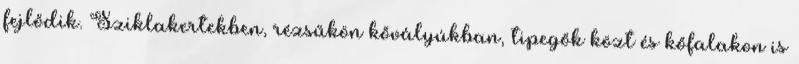
fejlődik. Sziklakertekben, rézsűkön kővályúkban, tipegők közt és kőfalakon is